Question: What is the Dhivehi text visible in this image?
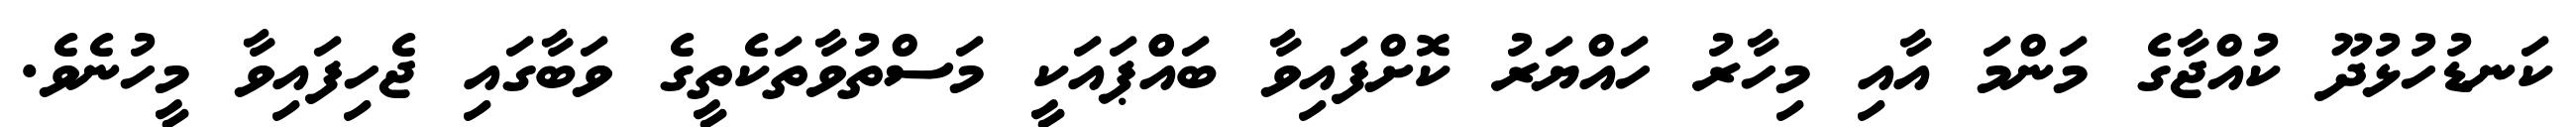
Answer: ކަނޑުހުޅުދޫ ކުއްޖާގެ މަންމަ އާއި މިހާރު ހައްޔަރު ކޮށްފައިވާ ބައްްޕައަކީ މަސްތުވާތަކެތީގެ ވަބާގައި ޖެހިފައިވާ މީހުނެވެ.